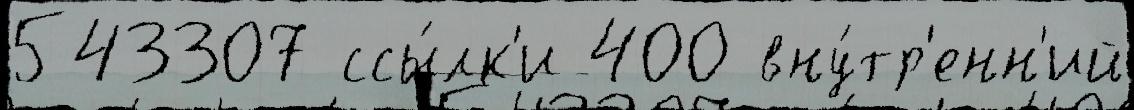
543307 ссы́лк'и 400 вну́тр'енн'ий